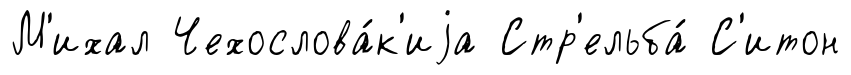
М'ихал Чехослова́к'иjа Стр'ельба́ С'итон